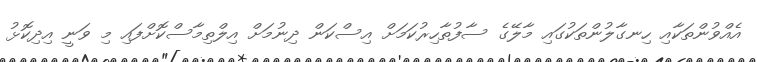
އެއްވުންތަކާއި ހިނގާލުންތަކުގައި މާލޭގެ ސާފުތާހިރުކަމަށް އިސްކަން ދިނުމަށް އިލްތިމާސްކޮށްފައި މި ވަނީ އިދިކޮޅު